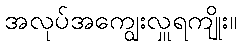
အလုပ်အကျွေးလှူရကျိုး။